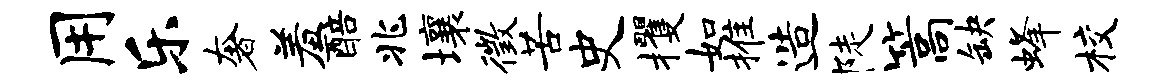
用乐奢羞醅兆壤徵苦史攫如推造陡篙缺蜂校